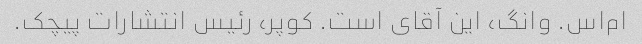
ام‌اس. وانگ، این آقای است. کوپر، رئیس انتشارات پیچک.